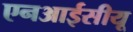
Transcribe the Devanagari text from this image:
एनआईसीयू